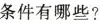
条件有哪些?